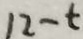
1 2 - t